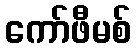
ကော်ဖီမစ်